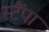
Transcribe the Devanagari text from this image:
स्टैंपा